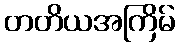
တတိယအကြိမ်